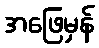
အဖြေမှန်